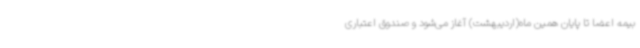
بیمه اعضا تا پایان همین ماه(اردیبهشت) آغاز می‌شود و صندوق اعتباری